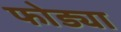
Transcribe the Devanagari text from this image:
फोड्या